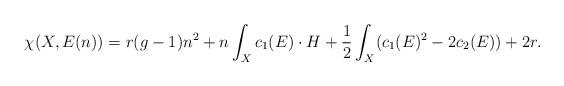
LaTeX: \begin{align*}\chi(X, E(n)) = r (g - 1) n^2 + n \int_X c_1(E) \cdot H + \frac{1}{2} \int_X (c_1(E)^2 - 2 c_2(E)) + 2r.\end{align*}